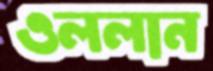
ওললান